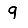
Digit: 9